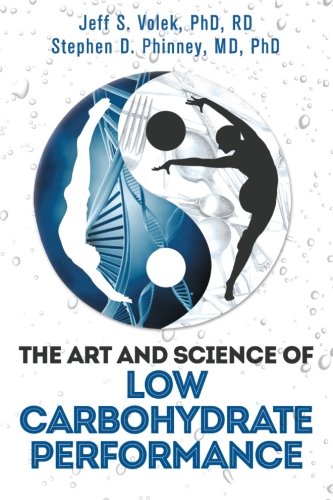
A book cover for The Art and Science of Low Carbohydrate Performance; Jeff S. Volek; Cookbooks, Food & Wine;